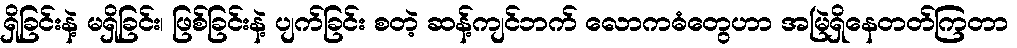
ရှိခြင်းနဲ့ မရှိခြင်း၊ ဖြစ်ခြင်းနဲ့ ပျက်ခြင်း စတဲ့ ဆန့်ကျင်ဘက် လောကဓံတွေဟာ အမြဲရှိနေတတ်ကြတာ